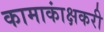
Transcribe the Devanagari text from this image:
कामाकांक्षकरी